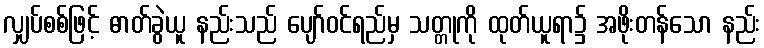
လျှပ်စစ်ဖြင့် ဓာတ်ခွဲယူ နည်းသည် ပျော်ဝင်ရည်မှ သတ္တုကို ထုတ်ယူရာ၌ အဖိုးတန်သော နည်း